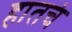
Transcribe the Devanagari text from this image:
हातचं